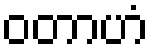
ဝတာဟံ